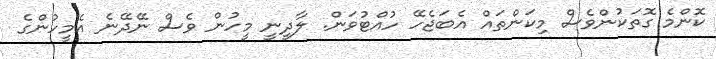
ކޮންމެ ގޮތަކުންވެސް މިކަންތައް އެބަޖެހޭ ހުއްޓުވަން. ލާދީނީ މީހުން ވެސް ނޭދޭނެ އެމީހުންގެ